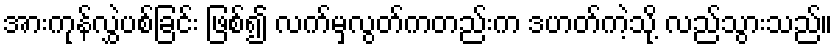
အားကုန်လွှဲပစ်ခြင်း ဖြစ်၍ လက်မှလွတ်ကတည်းက ဒဟတ်ကဲ့သို့ လည်သွားသည်။